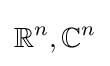
\mathbb {R} ^{n},\mathbb {C} ^{n}